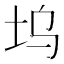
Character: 坞